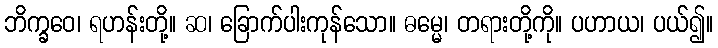
ဘိက္ခဝေ၊ ရဟန်းတို့။ ဆ၊ ခြောက်ပါးကုန်သော။ ဓမ္မေ၊ တရားတို့ကို။ ပဟာယ၊ ပယ်၍။